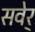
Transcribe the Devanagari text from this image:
सवेर्